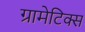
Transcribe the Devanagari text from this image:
ग्रामेटिक्स